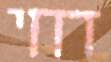
דחי